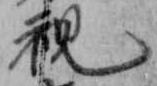
視